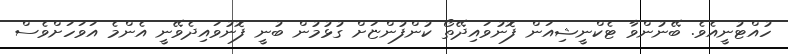
ހުއްޓުނީއެވެ. ބޭނުންވާ ޓެކްނީޝިއަން ފޮނުވައިދޭތޯ ކުންފުންޏަށް ގުޅުމުން ބުނީ ފޮނުވައިދެވޭނީ އެންމެ އަވަހަށްވެސް